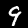
Digit: 9